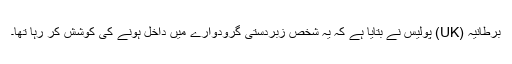
برطانیہ (UK) پولیس نے بتایا ہے کہ یہ شخص زبردستی گرودوارے میں داخل ہونے کی کوشش کر رہا تھا۔